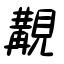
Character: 覯